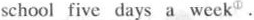
school five days a week①.